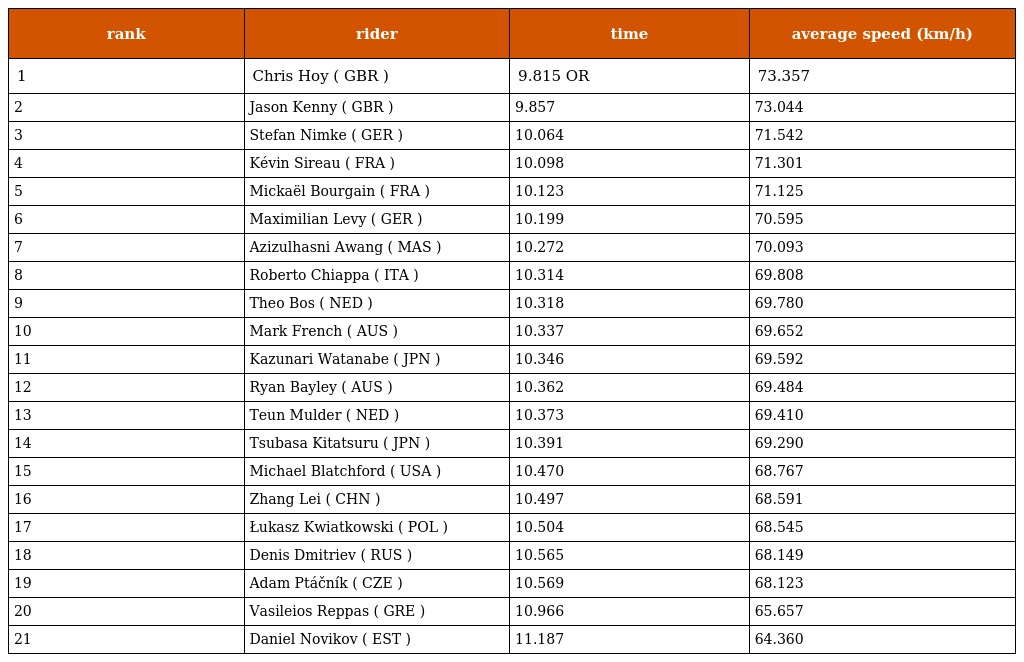
| rank | rider | time | average speed (km/h) |
 | --- | --- | --- | --- |
 | 1 | Chris Hoy ( GBR ) | 9.815 OR | 73.357 |
 | 2 | Jason Kenny ( GBR ) | 9.857 | 73.044 |
 | 3 | Stefan Nimke ( GER ) | 10.064 | 71.542 |
 | 4 | Kévin Sireau ( FRA ) | 10.098 | 71.301 |
 | 5 | Mickaël Bourgain ( FRA ) | 10.123 | 71.125 |
 | 6 | Maximilian Levy ( GER ) | 10.199 | 70.595 |
 | 7 | Azizulhasni Awang ( MAS ) | 10.272 | 70.093 |
 | 8 | Roberto Chiappa ( ITA ) | 10.314 | 69.808 |
 | 9 | Theo Bos ( NED ) | 10.318 | 69.780 |
 | 10 | Mark French ( AUS ) | 10.337 | 69.652 |
 | 11 | Kazunari Watanabe ( JPN ) | 10.346 | 69.592 |
 | 12 | Ryan Bayley ( AUS ) | 10.362 | 69.484 |
 | 13 | Teun Mulder ( NED ) | 10.373 | 69.410 |
 | 14 | Tsubasa Kitatsuru ( JPN ) | 10.391 | 69.290 |
 | 15 | Michael Blatchford ( USA ) | 10.470 | 68.767 |
 | 16 | Zhang Lei ( CHN ) | 10.497 | 68.591 |
 | 17 | Łukasz Kwiatkowski ( POL ) | 10.504 | 68.545 |
 | 18 | Denis Dmitriev ( RUS ) | 10.565 | 68.149 |
 | 19 | Adam Ptáčník ( CZE ) | 10.569 | 68.123 |
 | 20 | Vasileios Reppas ( GRE ) | 10.966 | 65.657 |
 | 21 | Daniel Novikov ( EST ) | 11.187 | 64.360 |